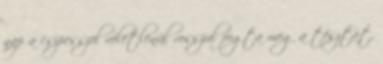
nap a csipesszel véletlenül rosszul fogta meg a tésztát,